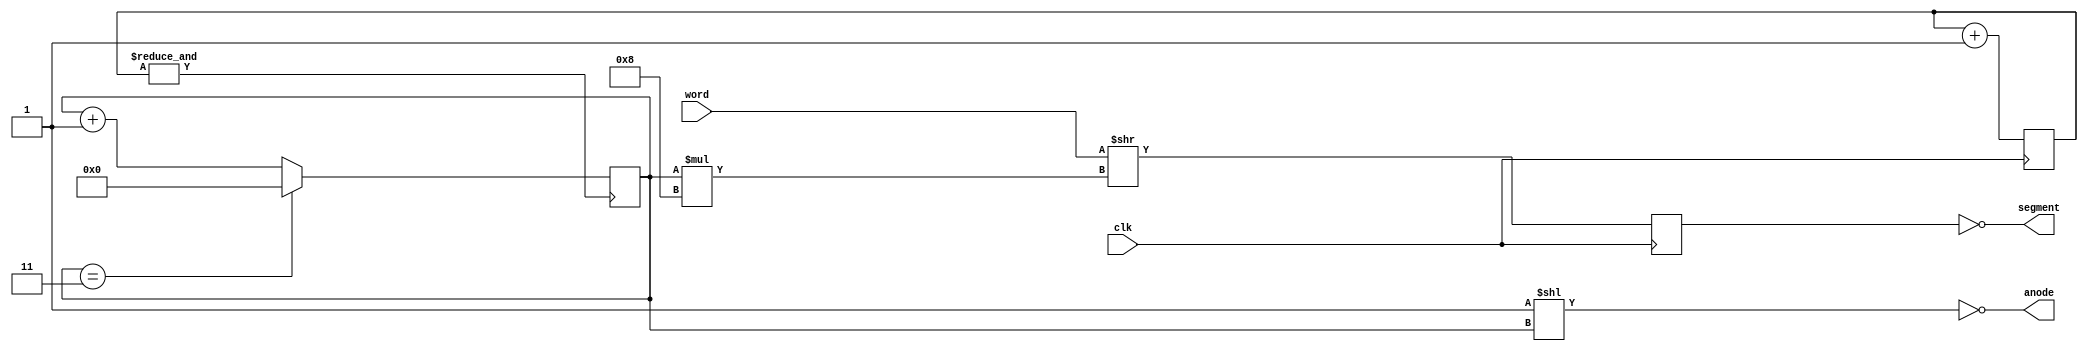
module raw7seg(clk, segment, anode, word);

   // by teknohog at iki 0 fi

   // Display a word on a 7-segment display as raw bits. To display
   // legible text, use external modules/software to figure out the
   // mapping.

   // Size of 7-seg display to use, also determines the input word
   // size which must be 8 times this.
   parameter SEG_UNITS = 4;

   // Change these to suit the signaling conventions of your board.
   parameter INVERT_ANODES = 1;
   parameter INVERT_SEGMENTS = 1;
   
   input clk;
   output [(SEG_UNITS - 1):0] anode;
   output [7:0] segment;
   
   input [(SEG_UNITS * 8 - 1):0] word;

   // cnt is used as a prescaler
   reg [15:0] 	cnt;
   
   always @(posedge clk) cnt<=cnt+16'h1;
   wire 	cntovf = &cnt;

   // Fixed to a maximum of 16 digits for now, as I cannot easily use
   // log and ceil functions in Verilog.
   reg [3:0] 	an_index;
   
   // Procedural assignment to a non-register segment is not permitted
   reg [7:0] 	SevenSeg;

   reg [(SEG_UNITS * 8 - 1):0] word_shifted;
   generate
      if (INVERT_SEGMENTS)
	begin: if_is
	   assign segment = ~word_shifted[7:0];
	end
      else
	begin: else_is
	   assign segment = word_shifted[7:0];
	end
   endgenerate
	
   always @(posedge cntovf)
     if (an_index == SEG_UNITS - 1)
       an_index <= 0;
     else
       an_index <= an_index + 1;

   always @(posedge clk)
     word_shifted <= word >> (an_index * 8);

   localparam [(SEG_UNITS - 1):0] 	anode_init = 1;
   generate
      if (INVERT_ANODES)
	begin: if_ia
	   assign anode = ~(anode_init << an_index);
	end
      else
	begin: else_ia
	   assign anode = (anode_init << an_index);
	end
   endgenerate
   
endmodule